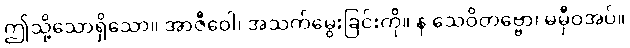
ဤသို့သောရှိသော။ အာဇီဝေါ၊ အသက်မွေးခြင်းကို။ န သေဝိတဗ္ဗော၊ မမှီဝဲအပ်။